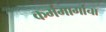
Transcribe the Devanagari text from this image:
कर्ममार्गाचा